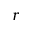
r